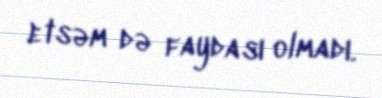
etsəm də faydası olmadı.